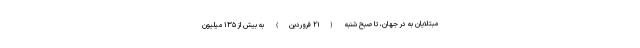
مبتلایان به در جهان، تا صبح شنبه (۲۱ فروردین) به بیش از ۱۳۵ میلیون